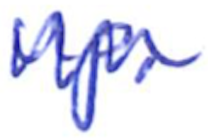
Text: up.
Cross-out: mix
Writing tool: ballpoint